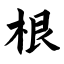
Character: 根